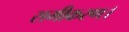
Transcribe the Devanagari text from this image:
समीकरण।